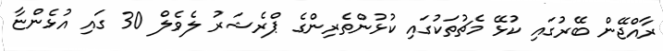
ރާއްޖޭން ބޭރުގައި ކުޅޭ މެޗުތަކުގައި ކުޅުންތެރިންގެ ޕްރެޝަރު ލެވެލް 30 ގައި އުޅެންޏާ